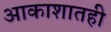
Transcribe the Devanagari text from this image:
आकाशातही